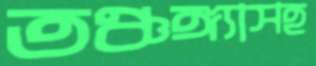
তঞ্চঙ্গ্যাসহ